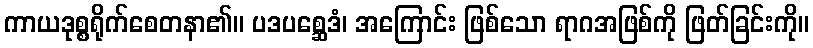
ကာယဒုစ္စရိုက်စေတနာ၏။ ပဒပစ္ဆေဒံ၊ အကြောင်း ဖြစ်သော ရာဂအဖြစ်ကို ဖြတ်ခြင်းကို။